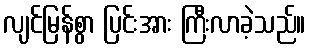
လျင်မြန်စွာ ပြင်းအား ကြီးလာခဲ့သည်။